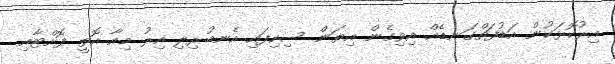
އިރުކޮޅަކުން އަޑުފަތްގަނޑެއް އިވިގެން އިޔަން ސިހިފައި އެނބުރިލި އިރު މިއާ އޮތީ ފޮށްޓާއި